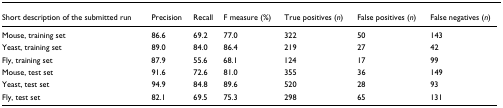
| Short description of the submitted run | Precision | Recall | F measure (%) | True positives (n) | False positives (n) | False negatives (n) |
 | --- | --- | --- | --- | --- | --- | --- |
 | Mouse, training set | 86.6 | 69.2 | 77.0 | 322 | 50 | 143 |
 | Yeast, training set | 89.0 | 84.0 | 86.4 | 219 | 27 | 42 |
 | Fly, training set | 87.9 | 55.6 | 68.1 | 124 | 17 | 99 |
 | Mouse, test set | 91.6 | 72.6 | 81.0 | 355 | 36 | 149 |
 | Yeast, test set | 94.9 | 84.8 | 89.6 | 520 | 28 | 93 |
 | Fly, test set | 82.1 | 69.5 | 75.3 | 298 | 65 | 131 |